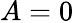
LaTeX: A=0